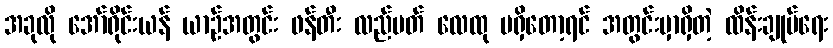
အခုလို အော်ရိုင်းယန် ယာဉ်အတွင်း ဖန်တီး လည်ပတ် လေထု မရှိတော့ရင် အတွင်းမှာရှိတဲ့ ထိန်းချုပ်ရေး